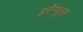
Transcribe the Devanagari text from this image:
इर्रेग्यूलर